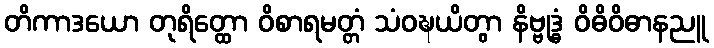
တိကာဒယော တုရိတ္ထော ဝိစာရမတ္တံ သံဝဍ္ဎယိတွာ နိဗ္ဗုဒ္ဓံ ဝိဓိဝိဓာနညူ